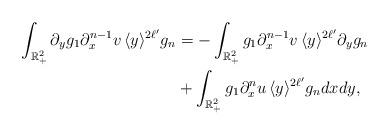
LaTeX: \begin{align*}\int_{\mathbb{R}^2_+} \partial_y g_{1 } \partial_x^{n - 1} v \, \langle y \rangle^{2\ell'} g_{n} & = - \int_{\mathbb{R}^2_+} g_{1 } \partial_x^{n - 1} v \, \langle y \rangle^{2\ell'} \partial_y g_{n}\\& + \int_{\mathbb{R}^2_+} g_{1 } \partial_x^{n } u\, \langle y \rangle^{2\ell'} g_{n} dx dy,\end{align*}